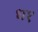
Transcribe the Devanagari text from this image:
ध१